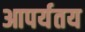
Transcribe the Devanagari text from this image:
आपर्यतय